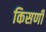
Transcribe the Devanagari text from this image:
किसणी